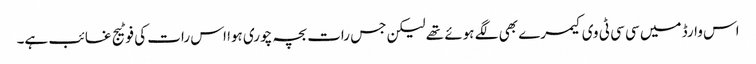
اس وارڈ میں سی سی ٹی وی کیمرے بھی لگے ہوئے تھے لیکن جس رات بچہ چوری ہوا اس رات کی فوٹیج غائب ہے۔